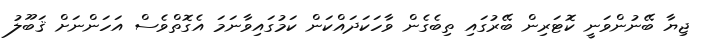
ޖިޔާ ބޭނުންވަނީ ކޮޓަރިން ބޭރުގައި ތިބެގެން ވާހަކަދައްކަން ކަމުގައިވާނަމަ އެގޮތްވެސް އަހަންނަށް ޤަބޫލު